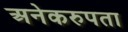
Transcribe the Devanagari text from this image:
अनेकरुपता